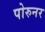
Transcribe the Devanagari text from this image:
पोरुनर